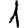
Digit: 1